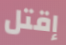
إقتل